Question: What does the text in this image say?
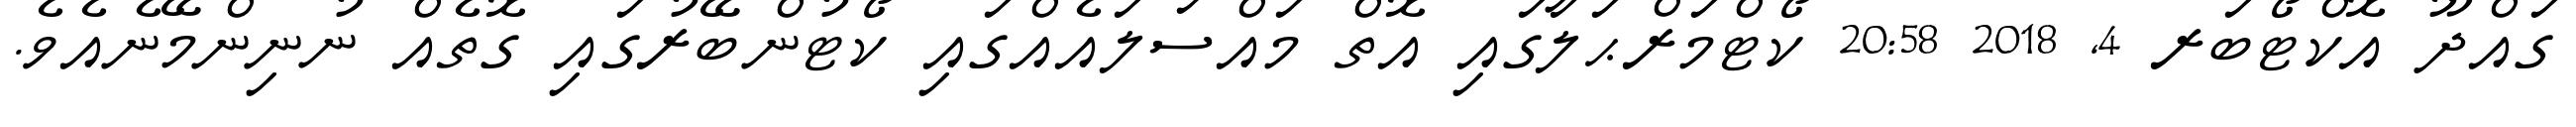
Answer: ގައްދޫ އޮކްޓޯބަރ 4, 2018 20:58 ކޯޓްމަރްޙަލާގައި އޮތް މައްސަލައެއްގައި ކޯޓުންބޭރުގައި ގޮތެއް ނުނިންމޭނެއެވެ.